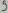
Text: 9